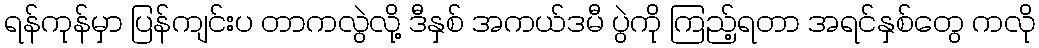
ရန်ကုန်မှာ ပြန်ကျင်းပ တာကလွဲလို့ ဒီနှစ် အကယ်ဒမီ ပွဲကို ကြည့်ရတာ အရင်နှစ်တွေ ကလို